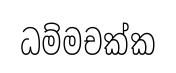
ධම්මචක්ක